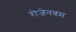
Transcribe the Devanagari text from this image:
रोजेनबम